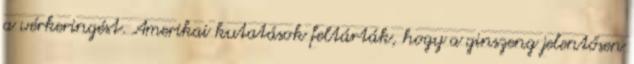
a vérkeringést. Amerikai kutatások feltárták, hogy a ginszeng jelentősen